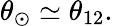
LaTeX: \theta_{\odot}\simeq\theta_{12}.